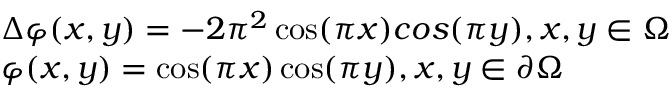
\begin{array} { l } { \Delta \varphi ( x , y ) = - 2 { \pi ^ { 2 } } \cos ( \pi x ) c o s ( \pi y ) , \mathrm { { } } x , y \in \Omega } \\ { \varphi ( x , y ) = \cos ( \pi x ) \cos ( \pi y ) , \mathrm { { } } x , y \in \partial \Omega } \end{array}